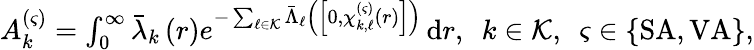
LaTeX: \begin{array}{r}{A_{k}^{(\varsigma)}=\int_{0}^{\infty}{\bar{\lambda}_{k}\left(r\right)e^{-\sum_{\ell\in\mathcal{K}}{\bar{\Lambda}_{\ell}\left(\left[0,\chi_{k,\ell}^{(\varsigma)}\left(r\right)\right]\right)}}\, \mathrm{d}r},~~k\in\mathcal{K},~~\varsigma\in\{ \mathrm{SA},\mathrm{VA}\} ,}\end{array}